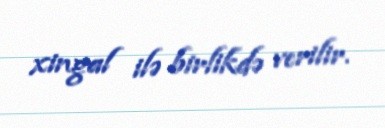
xingal ilə birlikdə verilir.